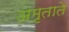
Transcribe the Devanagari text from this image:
अमृताते